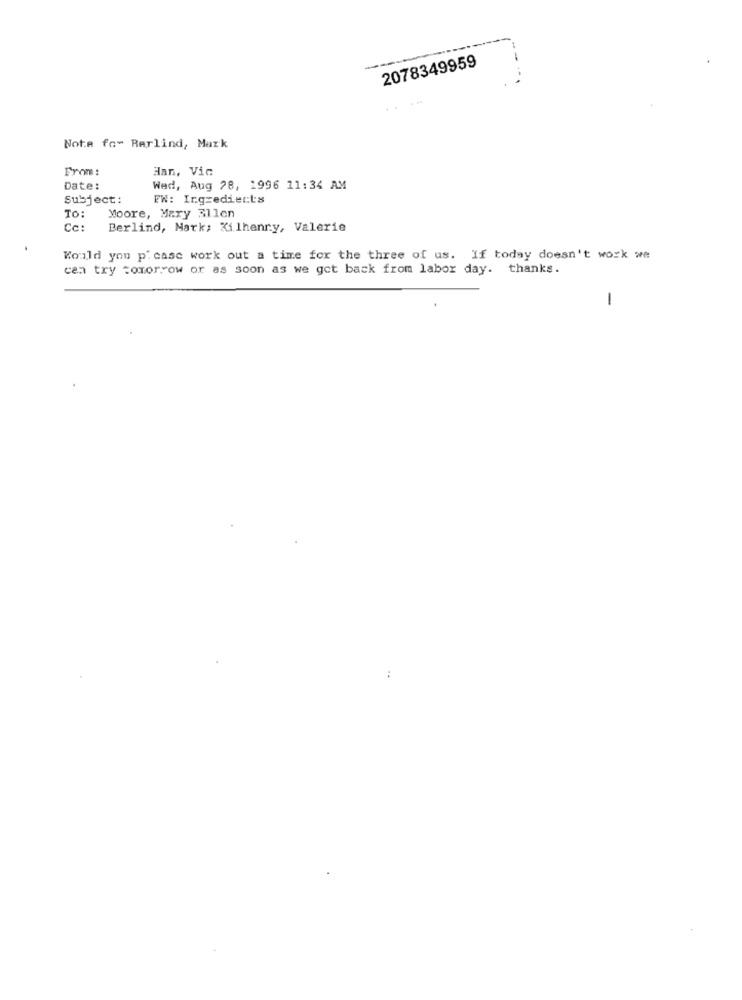
2078349959
Nota fo- Rarlind, Mark
From:
Han, Vic
Date:
Wed, Aug 78, 1996 11:34 AM
Subject:
FW: Ingredients
Moore, Mary 311en
To:
Cc:
Berlind, Mark; Kilhenry, Valerie
Would you p' case work out a time for the three of us. If today doesn't work we
can try tomorrow or as soon as we got back from labor day. thanks.
1
..